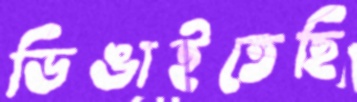
ডিঙাইতেছি